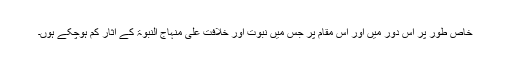
خاص طور پر اُس دور میں اور اُس مقام پر جس میں نبوت اور خلافت علی منہاج النبوۃ کے آثار کم ہوچکے ہوں۔